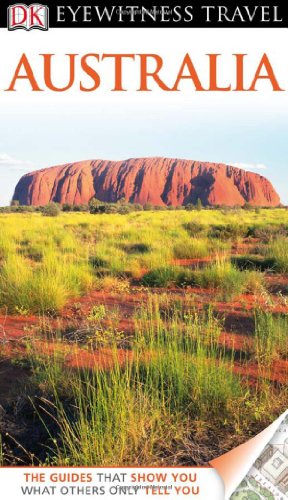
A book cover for DK Eyewitness Travel Guide: Australia; Travel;